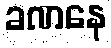
ခဏနေ